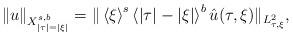
LaTeX: \begin{align*}\|u\|_{X^{s,b}_{|\tau|=|\xi|}}=\|\left<\xi\right>^s\left<|\tau|-|\xi|\right>^{b}\hat{u}(\tau,\xi)\|_{L_{\tau,\xi}^2},\end{align*}